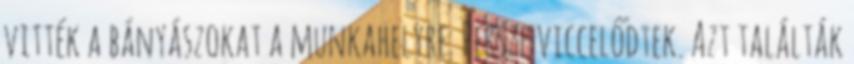
vitték a bányászokat a munkahelyre. Persze viccelődtek. Azt találták